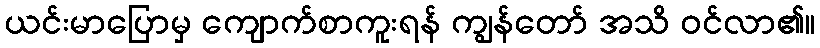
ယင်းမာပြောမှ ကျောက်စာကူးရန် ကျွန်တော် အသိ ဝင်လာ၏။